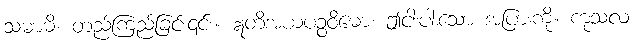
သမာဓိ၊ တည်ကြည်ခြင်း၎င်း။ ဣတိအယံပဉ္စဝိဓော၊ ဤငါးပါးသော အပြားကို။ ကုသလ